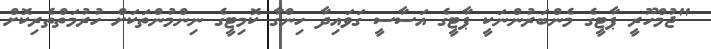
"ޖުމްހޫރީ ޕާޓީގެ މެންބަރުންނަކީ ޕާޓީގެ އަސާސީ ގަވައިދާ ހިންގާ ކޮމިޓީގެ ނިންމުންތަކަށް ހުރުމަތްތެރިކޮށް